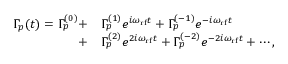
\begin{array} { r l } { \Gamma _ { p } ( t ) = \Gamma _ { p } ^ { ( 0 ) } + } & { { } \Gamma _ { p } ^ { ( 1 ) } e ^ { i \omega _ { \mathrm { r f } } t } + \Gamma _ { p } ^ { ( - 1 ) } e ^ { - i \omega _ { \mathrm { r f } } t } } \\ { + } & { { } \Gamma _ { p } ^ { ( 2 ) } e ^ { 2 i \omega _ { \mathrm { r f } } t } + \Gamma _ { p } ^ { ( - 2 ) } e ^ { - 2 i \omega _ { \mathrm { r f } } t } + \cdots , } \end{array}